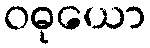
ဝဓုယော